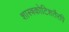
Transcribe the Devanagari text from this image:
शास्त्रकोटिशतैरपि